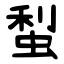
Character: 䖽